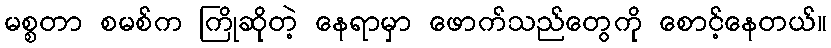
မစ္စတာ စမစ်က ကြိုဆိုတဲ့ နေရာမှာ ဖောက်သည်တွေကို စောင့်နေတယ်။